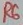
Text: R6